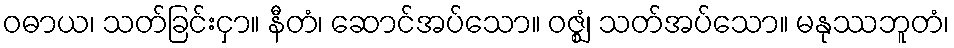
ဝဓာယ၊ သတ်ခြင်းငှာ။ နီတံ၊ ဆောင်အပ်သော။ ဝဇ္ဈံ၊ သတ်အပ်သော။ မနုဿဘူတံ၊